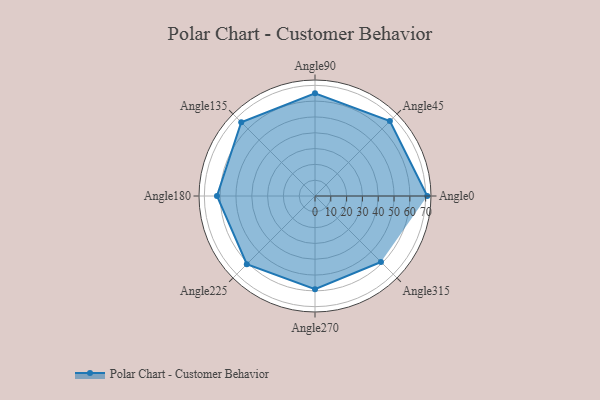
{"axis": {"x": "Angle", "y": "Radius"}, "legend": [""], "data": [{"x": "Angle0", "y": 71.0, "type": ""}, {"x": "Angle45", "y": 67.0, "type": ""}, {"x": "Angle90", "y": 65.0, "type": ""}, {"x": "Angle135", "y": 66.0, "type": ""}, {"x": "Angle180", "y": 62.0, "type": ""}, {"x": "Angle225", "y": 61.0, "type": ""}, {"x": "Angle270", "y": 59.0, "type": ""}, {"x": "Angle315", "y": 59.0, "type": ""}]}